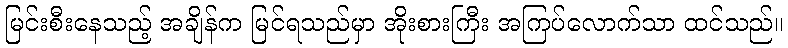
မြင်းစီးနေသည့် အချိန်က မြင်ရသည်မှာ အိုးစားကြီး အကြပ်လောက်သာ ထင်သည်။